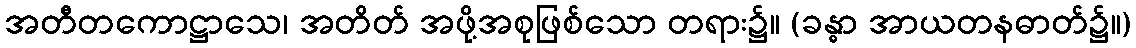
အတီတကောဋ္ဌာသေ၊ အတိတ် အဖို့အစုဖြစ်သော တရား၌။ (ခန္ဓာ အာယတနဓာတ်၌။)